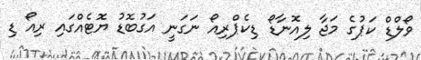
ވޯލްޑް ކަޕުގެ މަޖާ ލިއޮނާޑޯ ޑިކެޕްރިއޯ ނަގަނީ އަގުބޮޑު ޔޮޓެއްގައި ރިއޯ ޑި